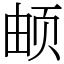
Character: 𬱖